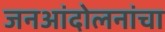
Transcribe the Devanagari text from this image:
जनआंदोलनांचा